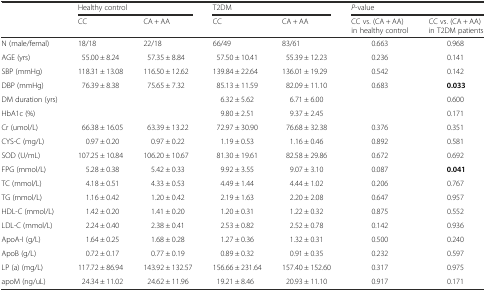
<table><thead><tr><td rowspan="2"></td><td colspan="2"><b>Healthy control</b></td><td colspan="2"><b>T2DM</b></td><td colspan="2"><b><i>P</i>-value</b></td></tr><tr><td><b>CC</b></td><td><b>CA + AA</b></td><td><b>CC</b></td><td><b>CA + AA</b></td><td><b>CC vs. (CA + AA) in healthy control</b></td><td><b>CC vs. (CA + AA) in T2DM patients</b></td></tr></thead><tbody><tr><td>N (male/femal)</td><td>18/18</td><td>22/18</td><td>66/49</td><td>83/61</td><td>0.663</td><td>0.968</td></tr><tr><td>AGE (yrs)</td><td>55.00 ± 8.24</td><td>57.35 ± 8.84</td><td>57.50 ± 10.41</td><td>55.39 ± 12.23</td><td>0.236</td><td>0.141</td></tr><tr><td>SBP (mmHg)</td><td>118.31 ± 13.08</td><td>116.50 ± 12.62</td><td>139.84 ± 22.64</td><td>136.01 ± 19.29</td><td>0.542</td><td>0.142</td></tr><tr><td>DBP (mmHg)</td><td>76.39 ± 8.38</td><td>75.65 ± 7.32</td><td>85.13 ± 11.59</td><td>82.09 ± 11.10</td><td>0.683</td><td><b>0.033</b></td></tr><tr><td>DM duration (yrs)</td><td></td><td></td><td>6.32 ± 5.62</td><td>6.71 ± 6.00</td><td></td><td>0.600</td></tr><tr><td>HbA1c (%)</td><td></td><td></td><td>9.80 ± 2.51</td><td>9.37 ± 2.45</td><td></td><td>0.171</td></tr><tr><td>Cr (umol/L)</td><td>66.38 ± 16.05</td><td>63.39 ± 13.22</td><td>72.97 ± 30.90</td><td>76.68 ± 32.38</td><td>0.376</td><td>0.351</td></tr><tr><td>CYS-C (mg/L)</td><td>0.97 ± 0.20</td><td>0.97 ± 0.22</td><td>1.19 ± 0.53</td><td>1.16 ± 0.46</td><td>0.892</td><td>0.581</td></tr><tr><td>SOD (U/mL)</td><td>107.25 ± 10.84</td><td>106.20 ± 10.67</td><td>81.30 ± 19.61</td><td>82.58 ± 29.86</td><td>0.672</td><td>0.692</td></tr><tr><td>FPG (mmol/L)</td><td>5.28 ± 0.38</td><td>5.42 ± 0.33</td><td>9.92 ± 3.55</td><td>9.07 ± 3.10</td><td>0.087</td><td><b>0.041</b></td></tr><tr><td>TC (mmol/L)</td><td>4.18 ± 0.51</td><td>4.33 ± 0.53</td><td>4.49 ± 1.44</td><td>4.44 ± 1.02</td><td>0.206</td><td>0.767</td></tr><tr><td>TG (mmol/L)</td><td>1.16 ± 0.42</td><td>1.20 ± 0.42</td><td>2.19 ± 1.63</td><td>2.20 ± 2.08</td><td>0.647</td><td>0.957</td></tr><tr><td>HDL-C (mmol/L)</td><td>1.42 ± 0.20</td><td>1.41 ± 0.20</td><td>1.20 ± 0.31</td><td>1.22 ± 0.32</td><td>0.875</td><td>0.552</td></tr><tr><td>LDL-C (mmol/L)</td><td>2.24 ± 0.40</td><td>2.38 ± 0.41</td><td>2.53 ± 0.82</td><td>2.52 ± 0.78</td><td>0.142</td><td>0.936</td></tr><tr><td>ApoA-I (g/L)</td><td>1.64 ± 0.25</td><td>1.68 ± 0.28</td><td>1.27 ± 0.36</td><td>1.32 ± 0.31</td><td>0.500</td><td>0.240</td></tr><tr><td>ApoB (g/L)</td><td>0.72 ± 0.17</td><td>0.77 ± 0.19</td><td>0.89 ± 0.32</td><td>0.91 ± 0.35</td><td>0.232</td><td>0.597</td></tr><tr><td>LP (a) (mg/L)</td><td>117.72 ± 86.94</td><td>143.92 ± 132.57</td><td>156.66 ± 231.64</td><td>157.40 ± 152.60</td><td>0.317</td><td>0.975</td></tr><tr><td>apoM (ng/uL)</td><td>24.34 ± 11.02</td><td>24.62 ± 11.96</td><td>19.21 ± 8.46</td><td>20.93 ± 11.10</td><td>0.917</td><td>0.171</td></tr></tbody></table>